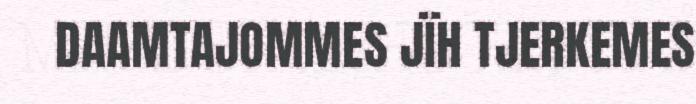
DAAMTAJOMMES JÏH TJERKEMES